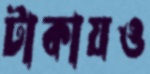
টাকায়ও